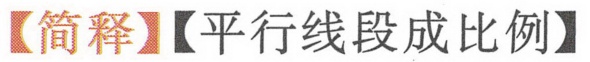
【简释】【平行线段成比例】